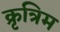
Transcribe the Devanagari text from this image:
क्रृत्रिम